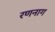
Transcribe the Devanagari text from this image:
रणनाग